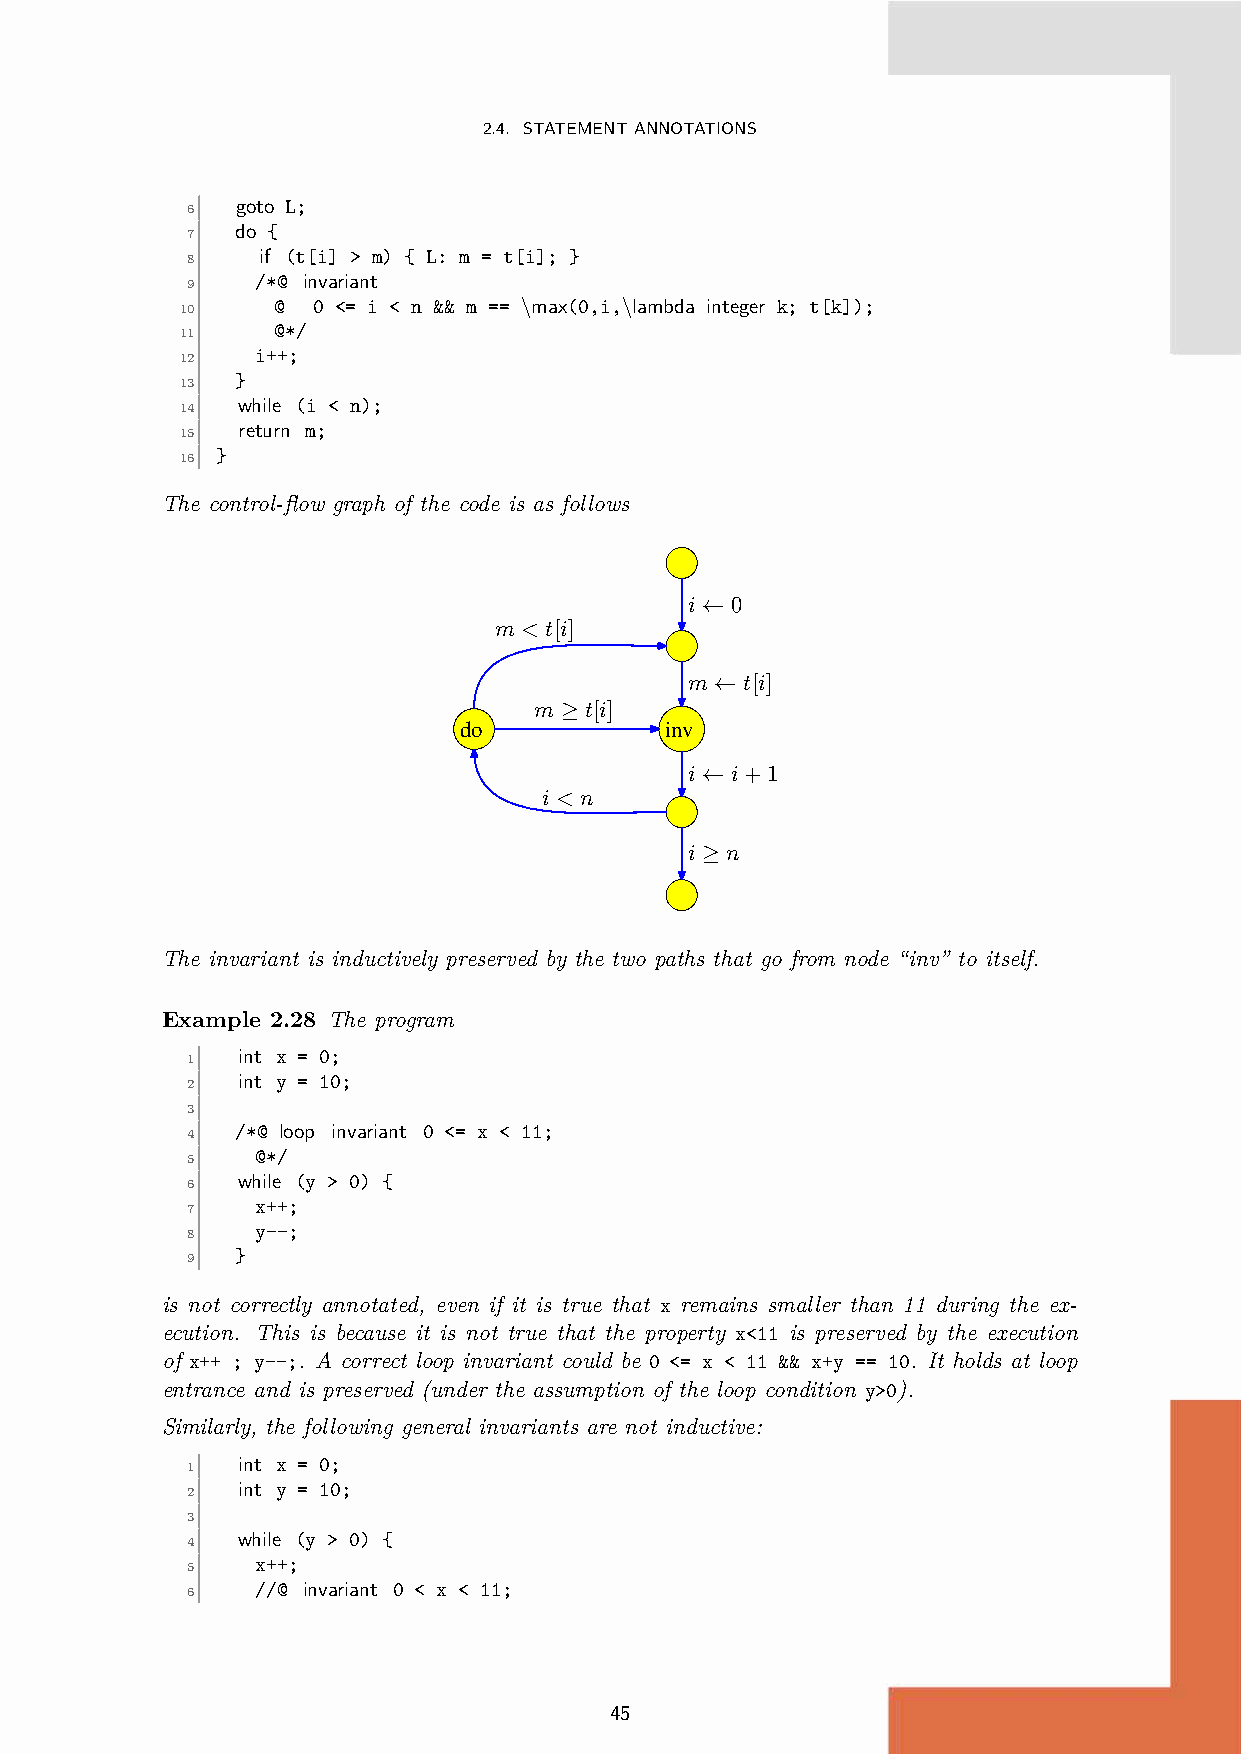
2.4. STATEMENTANNOTATIONS
 goto L;
 6
 do {
 7
 if (t[i] > m) { L: m = t[i]; }
 8
 /*@ invariant
 9
 @  0 <= i < n && m == \max(0,i,\lambda integer k; t[k]);
 10
 @*/
 11
 i++;
 12
 }
 13
 while (i < n);
 14
 return m;
 15
 }
 16
 The control-flow graph of the code is as follows
 i ← 0
 m < t[i]
 m ← t[i]
 m ≥ t[i]
 do            inv
 i ← i+1
 i < n
 i ≥ n
 The invariant is inductively preserved by the two paths that go from node “inv” to itself.
 Example 2.28 The program
 int x = 0;
 1
 int y = 10;
 2
 3
 /*@ loop invariant 0 <= x < 11;
 4
 @*/
 5
 while (y > 0) {
 6
 x++;
 7
 y--;
 8
 }
 9
 is not correctly annotated, even if it is true that x remains smaller than 11 during the ex-
 ecution. This is because it is not true that the property x<11 is preserved by the execution
 of x++ ; y--;. A correct loop invariant could be 0 <= x < 11 && x+y == 10. It holds at loop
 entrance and is preserved (under the assumption of the loop condition y>0).
 Similarly, the following general invariants are not inductive:
 int x = 0;
 1
 int y = 10;
 2
 3
 while (y > 0) {
 4
 x++;
 5
 //@ invariant 0 < x < 11;
 6
 45